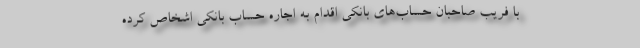
با فریب صاحبان حساب‌های بانکی اقدام به اجاره حساب بانکی اشخاص کرده